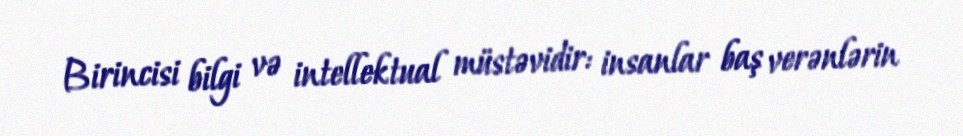
Birincisi bilgi və intellektual müstəvidir: insanlar baş verənlərin